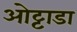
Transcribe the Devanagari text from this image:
ओट्टाडा